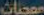
معجنات